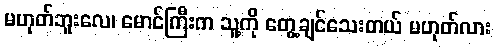
မဟုတ်ဘူးလေ၊ မောင်ကြီးက သူ့ကို တွေ့ချင်သေးတယ် မဟုတ်လား